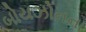
બોયઝોનના